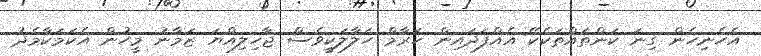
އެހެނިހެން ގިނަ ކަންތައްތަކެކޭ އެއްފަދައިން ހަރާމް ހަލާލަކީވެސް ޖާހިލިއްޔަ ޒަމާނު މީހުން އެކަމަކާމެދު